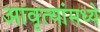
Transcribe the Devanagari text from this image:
आवृत्यांमध्ये